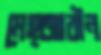
মেহ্জাবীন